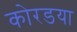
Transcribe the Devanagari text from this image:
कोरडया